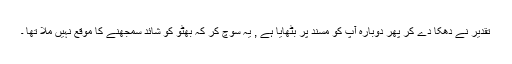
تقدیر نے دھکا دے کر پھر دوبارہ آپ کو مسند پر بٹھایا ہے , یہ سوچ کر کہ بھٹو کو شائد سمجھنے کا موقع نہیں ملا تھا ۔